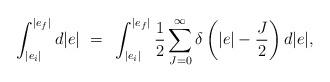
LaTeX: \begin{align*}\int^{|e_f|}_{|e_i|} d|e| ~=~ \int^{|e_f|}_{|e_i|} \frac{1}{2}\sum_{J=0}^{\infty} \delta \left( |e| - \frac{J}{2} \right) d|e|,\end{align*}